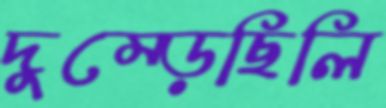
দুম্‌ড়েছিলি